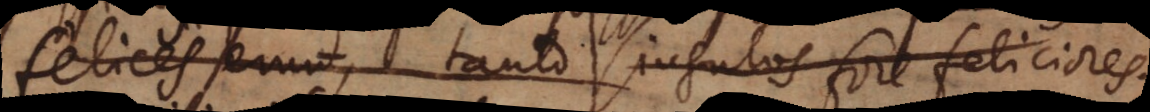
felices erunt, tanto singulos fore feliciores.